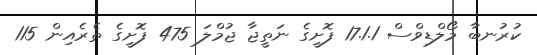
ކުރުނބާ މޯލްޑިވްސް 17.1.1 ފޮށީގެ ނަތީޖާ ޖުމްލަ 475 ފޮށީގެ ތެރެއިން 115